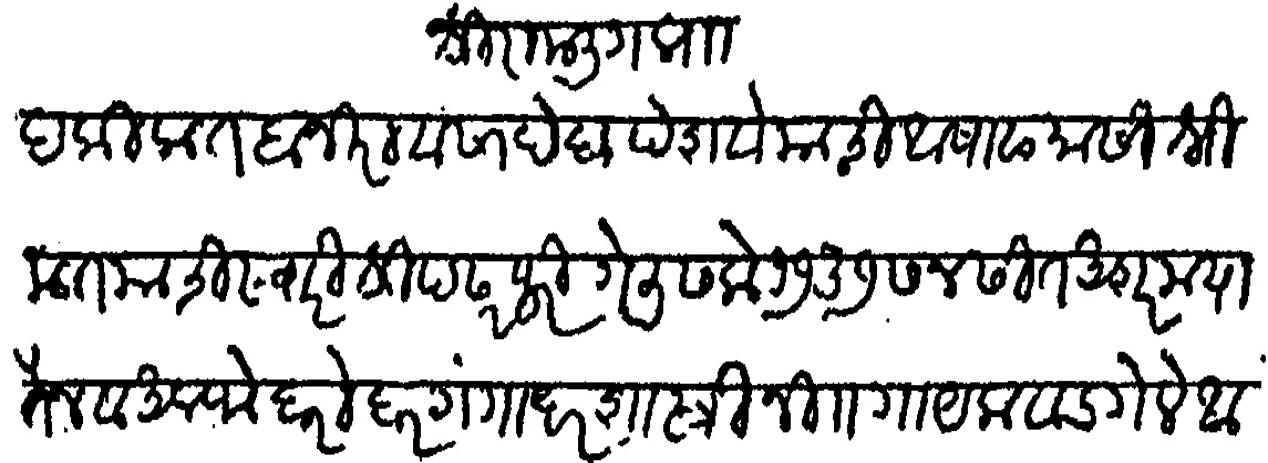
Transliteration (Devanagari): श्री रामलिंग प्राा प्रसन्न हकित बाजीराव साहेब पेशवे यांची आषाढ मासी श्रीमंत यांची स्वारी श्रीपंढरपुरी गेली सके १७३७ सनसील अशर मया तैन अलफे बरोबर गंगाधरशास्त्री निसबत गायकवाड गेले